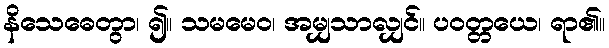
နိသေဓေတွာ၊ ၍။ သမမေဝ၊ အမျှသာလျှင်။ ပဝတ္တယေ၊ ရာ၏။